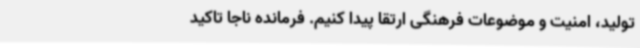
تولید، امنیت و موضوعات فرهنگی ارتقا پیدا کنیم. فرمانده ناجا تاکید